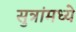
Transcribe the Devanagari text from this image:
सुत्रांमध्ये